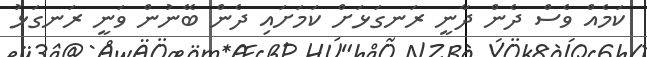
ކަމެއް ވެސް ދެން ދާނީ ރަނގަޅަށް ކަމަށައި ދެން ބޭނުން ވަނީ ރަނގަޅު